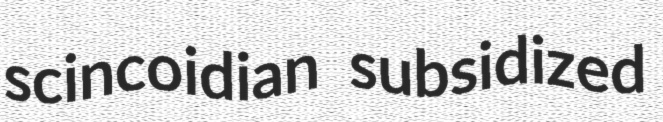
scincoidian subsidized